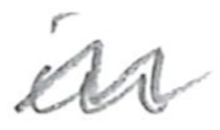
Text: in
Cross-out: mix
Writing tool: pencil